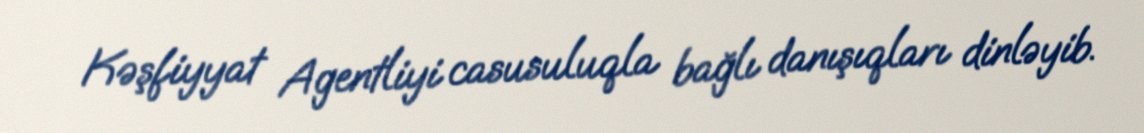
Kəşfiyyat Agentliyi casusuluqla bağlı danışıqları dinləyib.